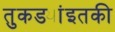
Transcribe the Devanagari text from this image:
तुकड्यांइतकी